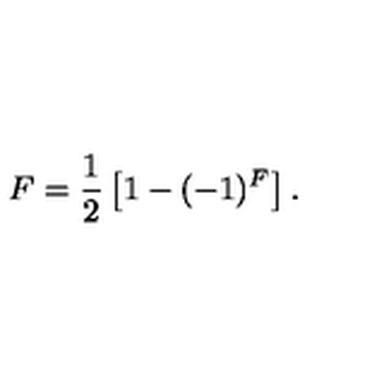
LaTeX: F = \frac { 1 } { 2 } \left[ 1 - ( - 1 ) ^ { F } \right] .